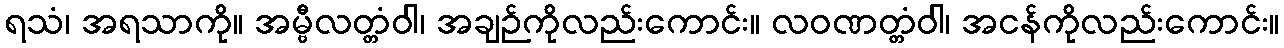
ရသံ၊ အရသာကို။ အမ္ဗီလတ္တံဝါ၊ အချဉ်ကိုလည်းကောင်း။ လဝဏတ္တံဝါ၊ အငန်ကိုလည်းကောင်း။